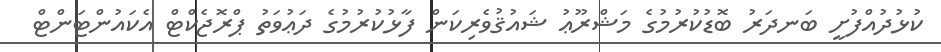
ކުޅުދުއްފުށީ ބަނދަރު ބޮޑުކުރުމުގެ މަޝްރޫޢު ޝައުޤުވެރިކަން ފާޅުކުރުމުގެ ދަޢުވަތު ޕްރޮޖެކްޓް އެކައުންޓަންޓް